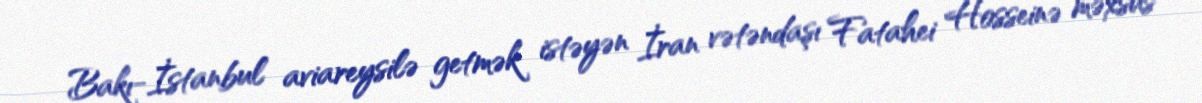
Bakı-İstanbul aviareysilə getmək istəyən İran vətəndaşı Fatahei Hosseinə məxsus